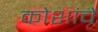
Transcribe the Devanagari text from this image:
कोशांचें